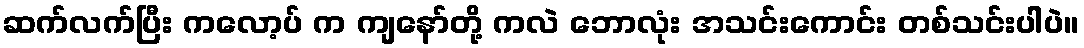
ဆက်လက်ပြီး ကလော့ပ် က ကျနော်တို့ ကလဲ ဘောလုံး အသင်းကောင်း တစ်သင်းပါပဲ။